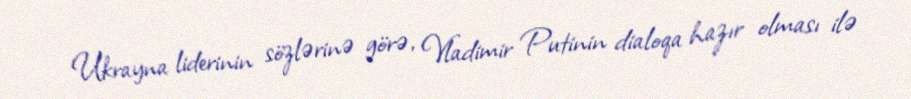
Ukrayna liderinin sözlərinə görə, Vladimir Putinin dialoqa hazır olması ilə